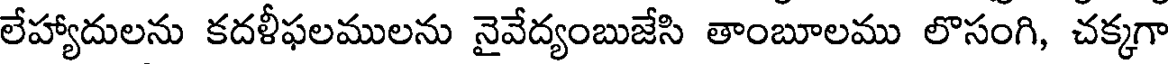
లేహ్యాదులను కదళీఫలములను నైవేద్యంబుజేసి తాంబూలము లొసంగి, చక్కగా